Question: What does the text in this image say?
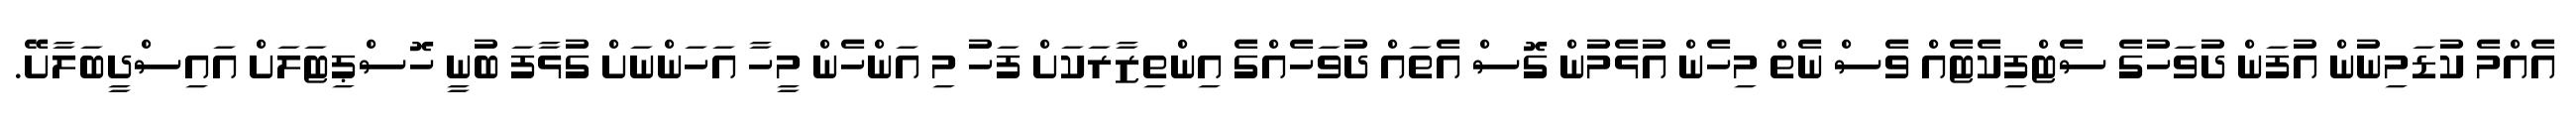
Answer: އެއްމެ ކުޑަމިނުން އުފަން ދުވަހުގެ ސެޓްފިކެޓެއް ވެސް ނެތް މިހެން އުޅެމުން ގޮސް އެތައް ދުވަހެއްގެ އިންތިޒާރަކަށް ފަހު މި އަންހެން މީހާ އަހަންނަށް ގުޅާފަ ބުނީ ހޮސްޕިޓަލަށް އައިސްދީބަލާށޭ.